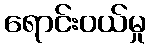
ရောင်းဝယ်မှု